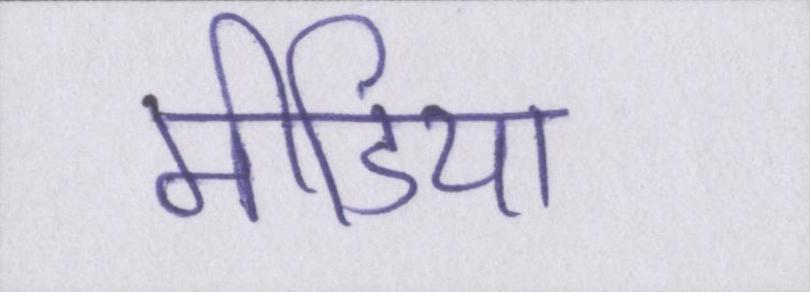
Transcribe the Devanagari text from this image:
मीडिया